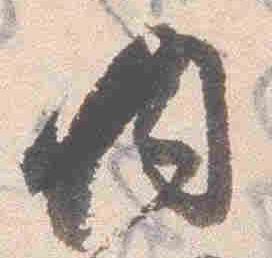
内